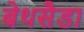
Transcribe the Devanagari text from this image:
बेथसैडा